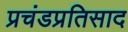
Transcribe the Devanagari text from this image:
प्रचंडप्रतिसाद